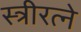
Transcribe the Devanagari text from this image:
स्त्रीरत्ने